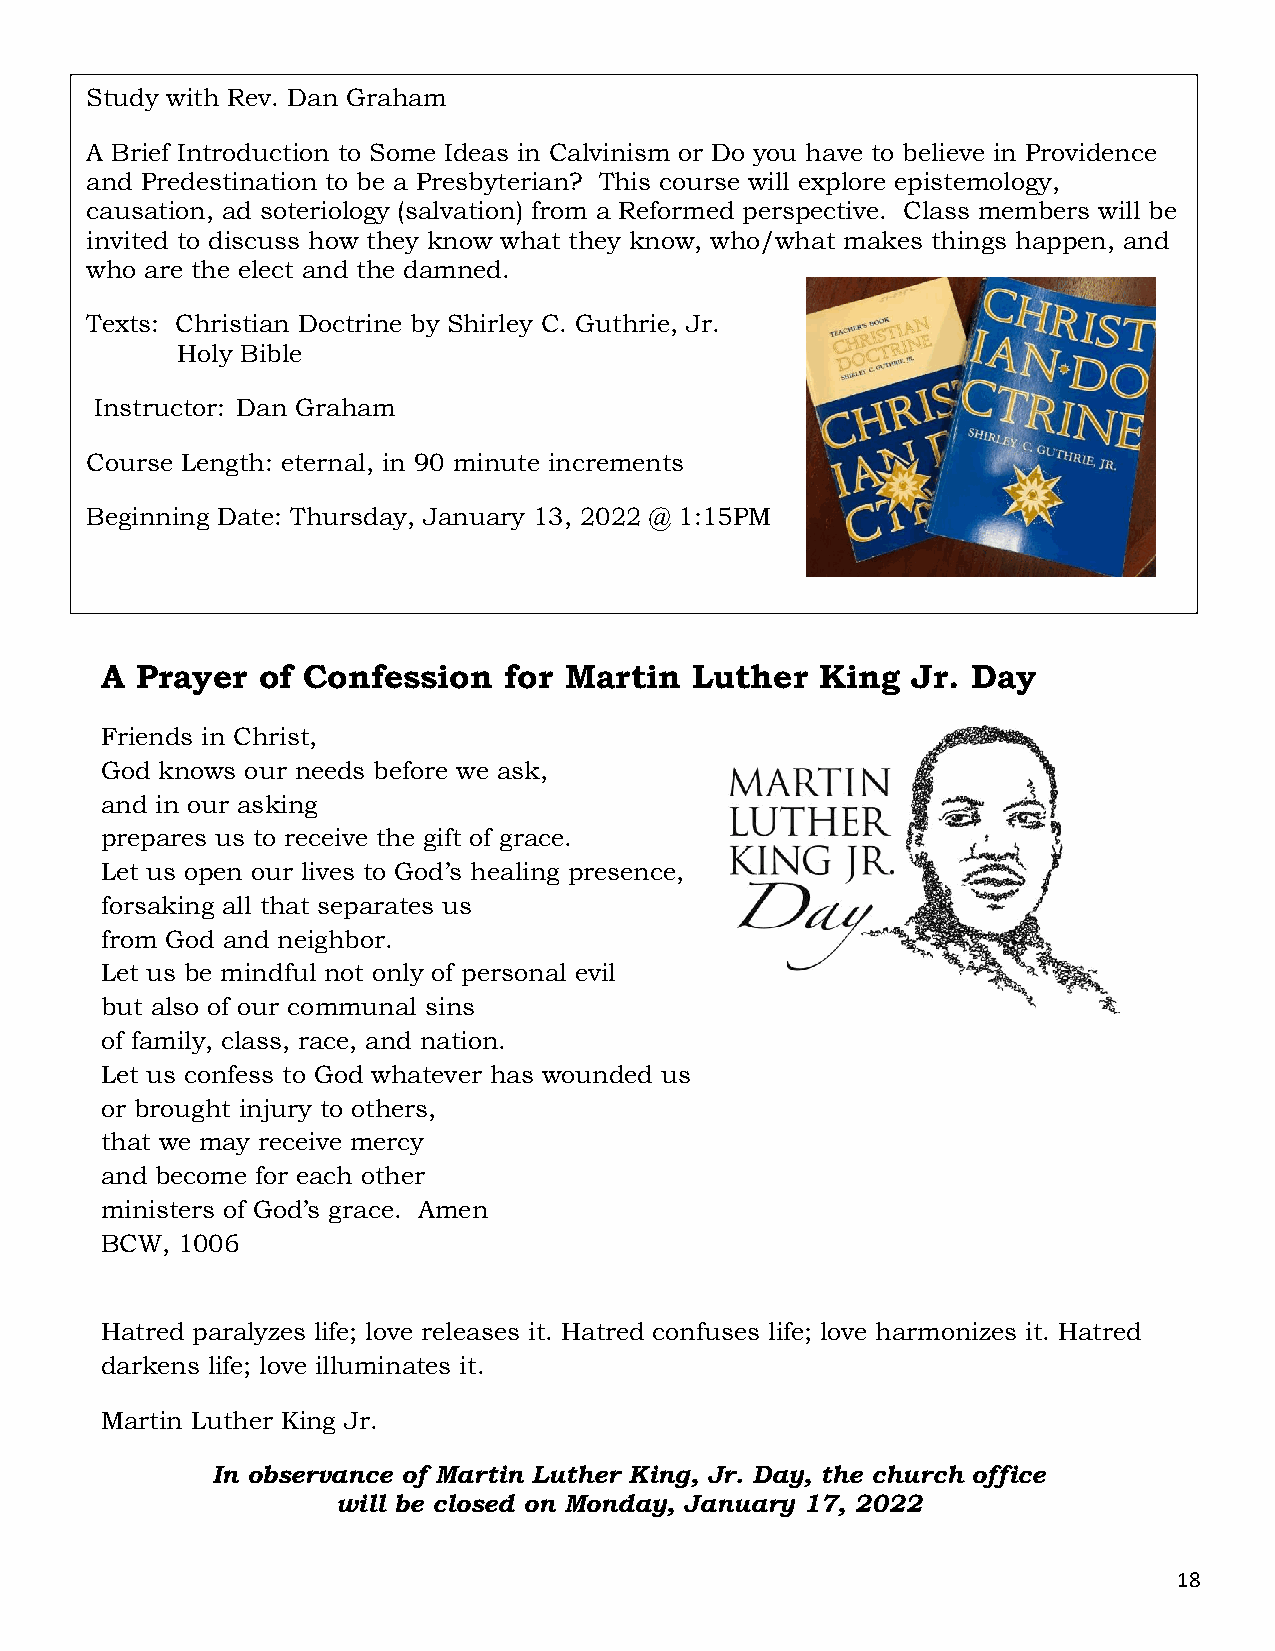
Study with Rev. Dan Graham
 A Brief Introduction to Some Ideas in Calvinism or Do you have to believe in Providence
 and Predestination to be a Presbyterian? This course will explore epis temology,
 causation, ad soteriology (salvation) from a Reformed perspective. Class members will be
 invited to discuss how they know what they know, who/what makes things happen, and
 who are the elect and the damned.
 Texts: Christian Doctrine by Shirley C. Guthrie, Jr.
 Holy Bible
 Instructor: Dan Graham
 Course Length: eternal, in 90 minute increments
 Beginning Date: Thu rsday, January 13, 2022 @ 1:15PM
 A Prayer  of Confession   for Martin   Luther  King  Jr. Day
 Friends in Christ,
 God knows our needs before we ask,
 and in our asking
 prepares us to receive the gift of grace.
 Let us open our lives to God’s healing presence,
 forsaking all that separates us
 from God and neighbor.
 Let us be mindful not only of personal evil
 but also of our communal sins
 of family, class, race , and nation.
 Let us confess to God whatever has wounded us
 or brought injury to others,
 that we may receive mercy
 and become for each other
 ministers of God’s g race. Amen
 BCW, 1006
 Hatred paralyzes life; love releases it. Hatred confuses life; love harmonizes it. Hatred
 darkens life; love illuminates it.
 Martin Luther King Jr.
 In observance of Martin Luther King, Jr. Day, the church office
 will be closed on Monday, January 17, 2022
 18